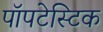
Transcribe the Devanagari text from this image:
पॉपटेस्टिक